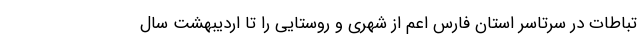
تباطات در سرتاسر استان فارس اعم از شهری و روستایی را تا اردیبهشت سال